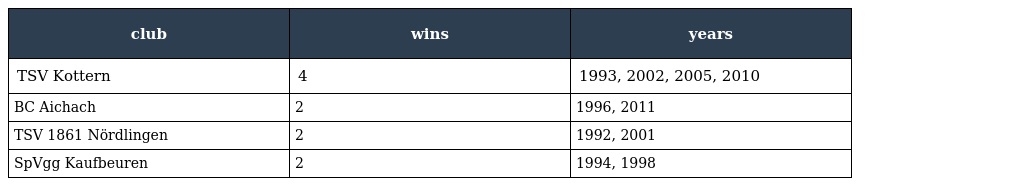
| club | wins | years |
 | --- | --- | --- |
 | TSV Kottern | 4 | 1993, 2002, 2005, 2010 |
 | BC Aichach | 2 | 1996, 2011 |
 | TSV 1861 Nördlingen | 2 | 1992, 2001 |
 | SpVgg Kaufbeuren | 2 | 1994, 1998 |